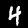
Digit: 4